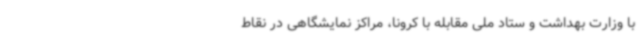
با وزارت بهداشت و ستاد ملی مقابله با کرونا، مراکز نمایشگاهی در نقاط